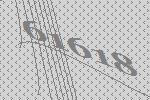
61618